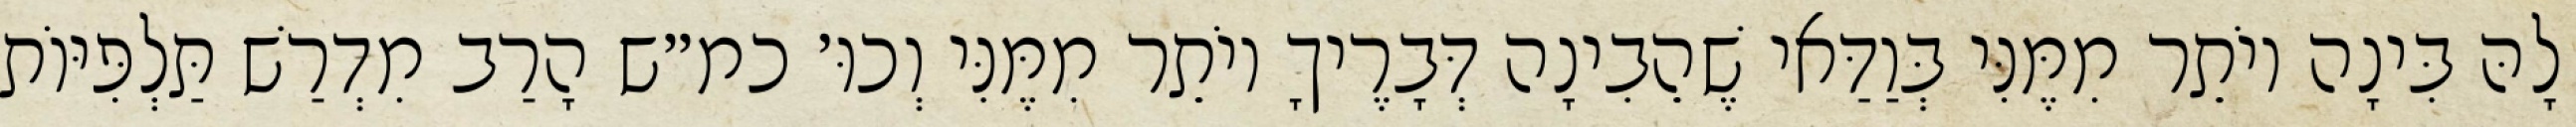
לָהּ בִּינָה יוֹתֵר מִמֶּנִּי בְּוַדַּאי שֶׁהֵבִינָה דְּבָרֶיךָ יוֹתֵר מִמֶּנִּי וְכוּ׳ כמ״ש הָרַב מִדְרַשׁ תַּלְפִּיּוֹת